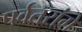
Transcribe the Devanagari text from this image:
पर्वतरांगे